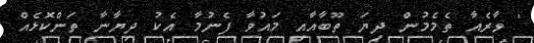
' ވާރެއާ ތެމެމުން ދިޔަ ތޫބާއާއި މައުވާ ފެނުމާ އެކު ދިޔާނާ ތަންކޮޅެއް